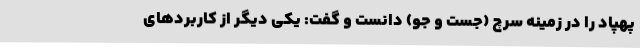
پهپاد را در زمینه سرچ (جست و جو)‌ دانست و گفت: یکی دیگر از کاربردهای